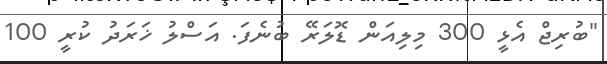
"ބުރިޖް އެޅީ 300 މިލިއަން ޑޮލަރޭ ބުނެފަ. އަސްލު ޚަރަދު ކުރީ 100